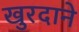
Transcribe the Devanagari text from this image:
खुरदाने